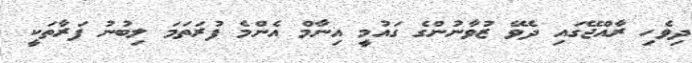
ދިވެހި ރާއްޖޭގައި ދެވޭ ޒުވާނުންގެ ގައުމީ އިނާމް އެންމެ ފުރަތަމަ ލިބުނު ފަރާތަކީ